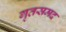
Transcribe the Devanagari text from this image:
गृतसमद